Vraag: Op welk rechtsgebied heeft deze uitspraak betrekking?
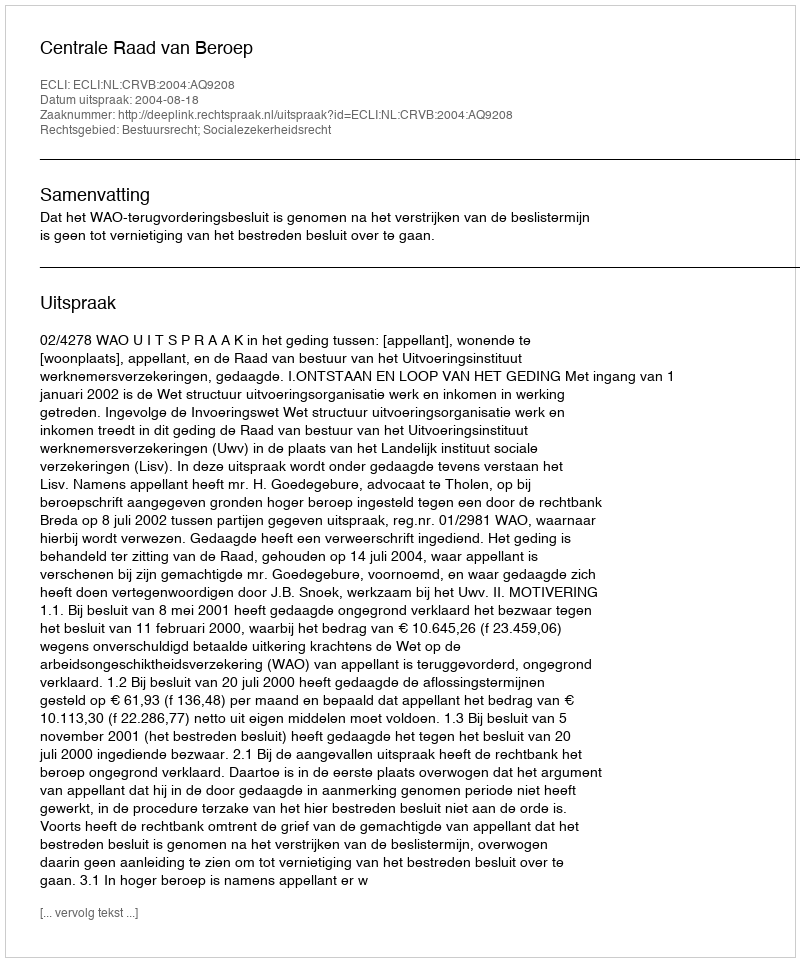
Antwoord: Bestuursrecht; Socialezekerheidsrecht